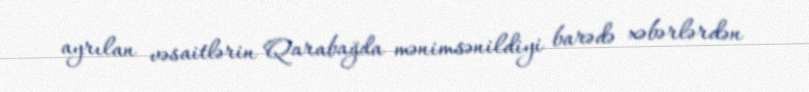
ayrılan vəsaitlərin Qarabağda mənimsənildiyi barədə xəbərlərdən